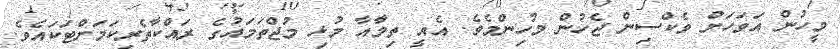
މީހުން އަވަހަށް ވެކްސިން ޖެހުން މުހިންމެވެ. އެއީ ތިމާއާ މުޅި މުޖްތަމައުގެ ރައްކާތެރިކަމަށްޓަކައެވެ.